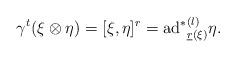
LaTeX: \begin{align*}\gamma^{t}(\xi\otimes\eta)=[\xi,\eta]^{r}={\mathrm{ad}^{\ast}}^{(l)}_{\underline{r}(\xi)}\eta.\end{align*}